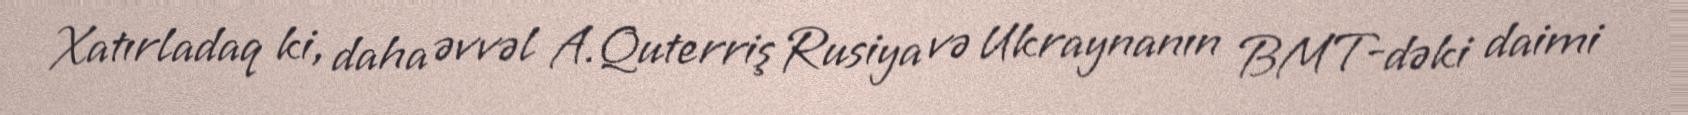
Xatırladaq ki, daha əvvəl A.Quterriş Rusiya və Ukraynanın BMT-dəki daimi